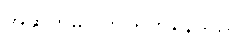
အဆက်မပြတ် ရှိုက်နေသည်။